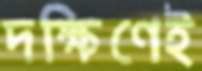
দক্ষিণেই